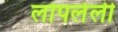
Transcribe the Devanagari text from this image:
लोपलेली